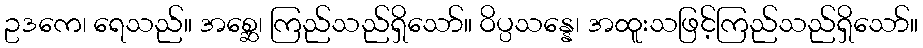
ဥဒကေ၊ ရေသည်။ အစ္ဆေ၊ ကြည်သည်ရှိသော်။ ဝိပ္ပသန္နေ၊ အထူးသဖြင့်ကြည်သည်ရှိသော်။